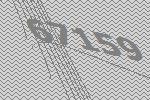
67159